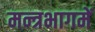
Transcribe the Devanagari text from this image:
मन्त्रभागमें